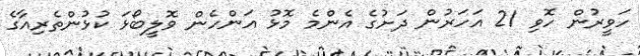
ހަވީރުން ހޮވި 21 އަހަރުން ދަށުގެ އެންމެ މޮޅު އަންހެން ވޮލީބޯޅަ ކުޅުންތެރިއާގެ